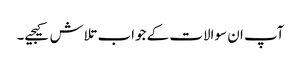
آپ ان سوالات کے جواب تلاش کیجیے۔